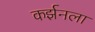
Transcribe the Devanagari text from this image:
कर्झनला